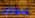
إعطائك